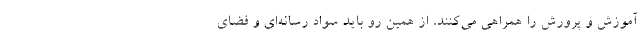
آموزش و پرورش را همراهی می‌کنند، از همین رو باید سواد رسانه‌ای و فضای